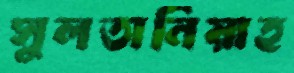
সুলতানিয়াহ